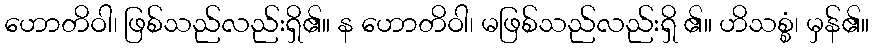
ဟောတိဝါ၊ ဖြစ်သည်လည်းရှိ၏။ န ဟောတိဝါ၊ မဖြစ်သည်လည်းရှိ ၏။ ဟိသစ္စံ၊ မှန်၏။